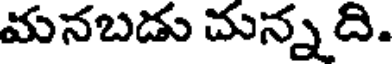
మనబడు చున్న ది.